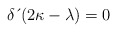
\begin{align*}\delta \,\acute{}\left( 2\kappa-\lambda \right) =0 \end{align*}